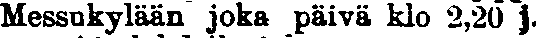
Messukylään joka päivä klo 2,20 j.